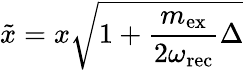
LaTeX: \tilde{x}=x\sqrt{1+\frac{m_{\mathrm{ex}}}{2\omega_{\mathrm{rec}}}\Delta}